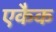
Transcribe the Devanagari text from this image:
एकैक